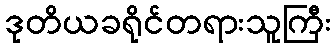
ဒုတိယခရိုင်တရားသူကြီး